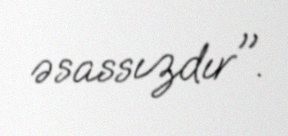
əsassızdır".